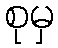
စုမှ